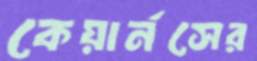
কেয়ার্নসের